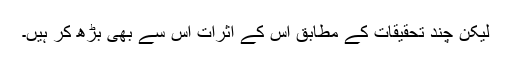
لیکن چند تحقیقات کے مطابق اس کے اثرات اس سے بھی بڑھ کر ہیں۔